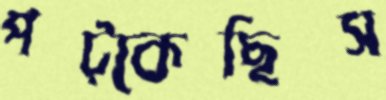
পট্‌কেছিস